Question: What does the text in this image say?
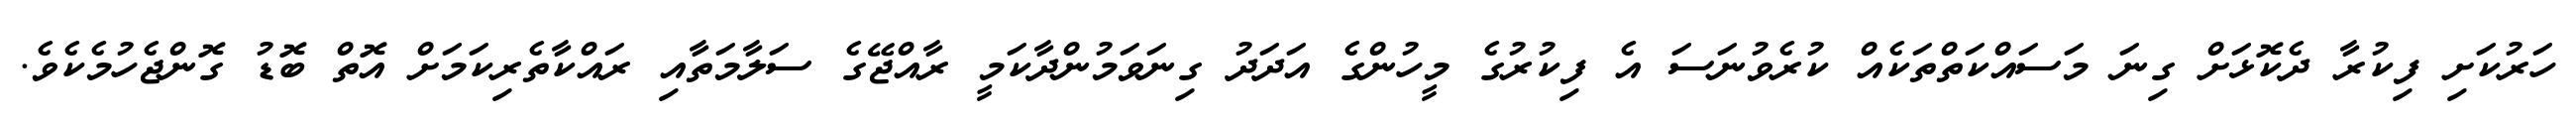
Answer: ހަރުކަށި ފިކުރާ ދެކޮޅަށް ގިނަ މަސައްކަތްތަކެއް ކުރެވުނަސަ އެ ފިކުރުގެ މީހުންގެ އަދަދު ގިނަވަމުންދާކަމީ ރާއްޖޭގެ ސަލާމަތާއި ރައްކާތެރިކަމަށް އޮތް ބޮޑު ގޮންޖެހުމެކެވެ.